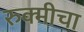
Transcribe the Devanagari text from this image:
रुक्मीचा